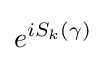
e^{iS_{k}(\gamma )}